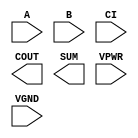
module sky130_fd_sc_hs__fah (
    //# {{data|Data Signals}}
    input  A   ,
    input  B   ,
    input  CI  ,
    output COUT,
    output SUM ,

    //# {{power|Power}}
    input  VPWR,
    input  VGND
);
endmodule